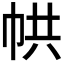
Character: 𢂔